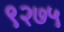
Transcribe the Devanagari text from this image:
९२७५